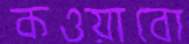
কওয়াবো